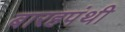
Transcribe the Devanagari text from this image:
बारहपंथी